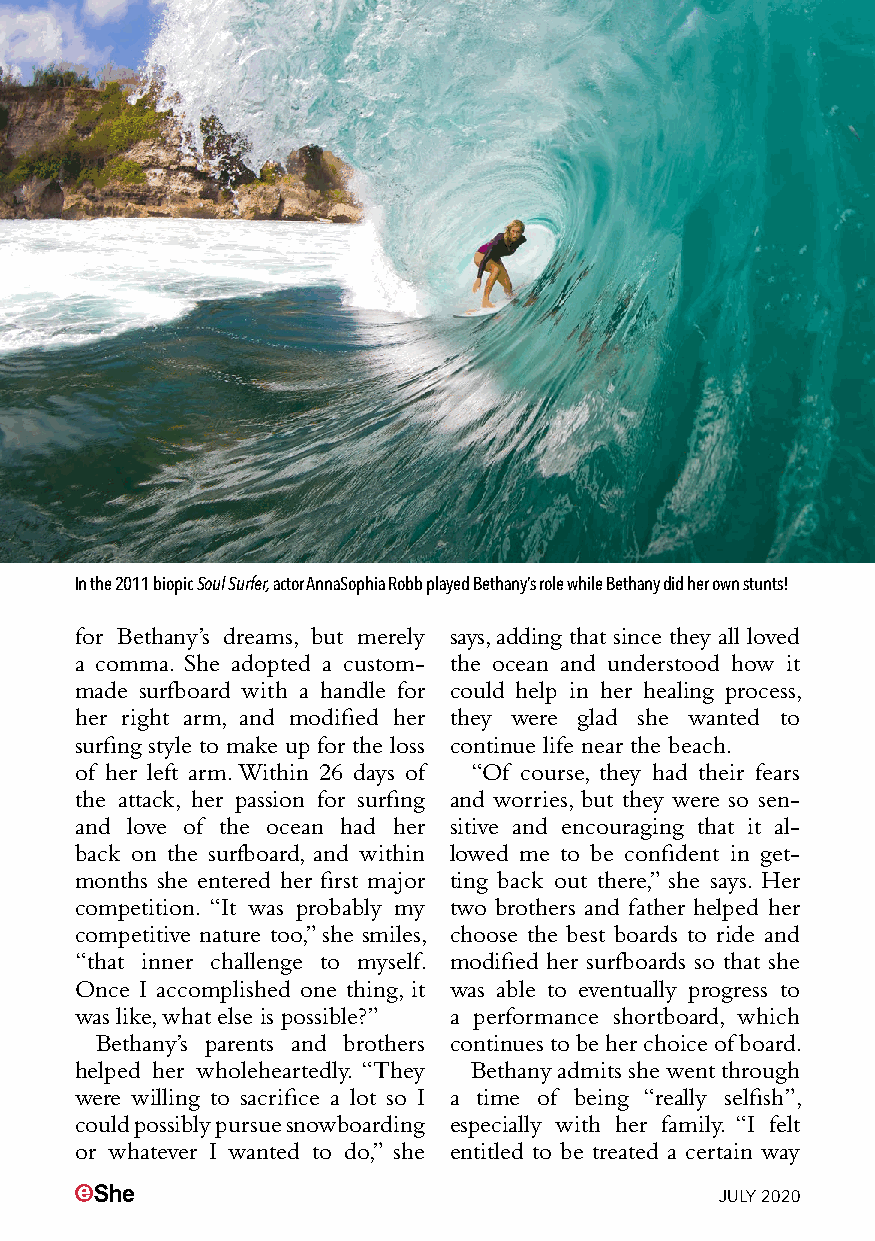
In the 2011 biopic Soul Surfer, actor AnnaSophia Robb played Bethany’s role while Bethany did her own stunts!
 for Bethany’s dreams, but merely says, adding that since they all loved
 a comma. She adopted a custom- the ocean and understood how it
 made surfboard with a handle for could help in her healing process,
 her right arm, and modified her they were glad she wanted to
 surfing style to make up for the loss continue life near the beach.
 of her left arm. Within 26 days of “Of course, they had their fears
 the attack, her passion for surfing and worries, but they were so sen-
 and love of the ocean had her sitive and encouraging that it al-
 back on the surfboard, and within lowed me to be confident in get-
 months she entered her first major ting back out there,” she says. Her
 competition. “It was probably my two brothers and father helped her
 competitive nature too,” she smiles, choose the best boards to ride and
 “that inner challenge to myself. modified her surfboards so that she
 Once I accomplished one thing, it was able to eventually progress to
 was like, what else is possible?” a performance shortboard, which
 Bethany’s parents and brothers continues to be her choice of board.
 helped her wholeheartedly. “They Bethany admits she went through
 were willing to sacrifice a lot so I a time of being “really selfish”,
 could possibly pursue snowboarding especially with her family. “I felt
 or whatever I wanted to do,” she entitled to be treated a certain way
 JULY 2020